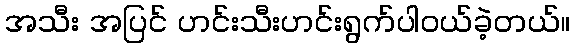
အသီး အပြင် ဟင်းသီးဟင်းရွက်ပါဝယ်ခဲ့တယ်။